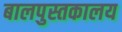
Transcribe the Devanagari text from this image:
बालपुस्तकालय